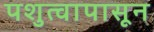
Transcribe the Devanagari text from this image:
पशुत्वापासून